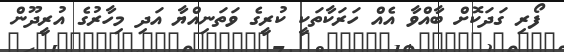
ފޯރި ގަދަކޮށް ބާއްވާ އެއް ހަރަކާތަކީ ކުރީގެ ވަތަނިއްޔާ އަދި މިހާރުގެ އުރީދޫން